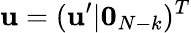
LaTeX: \mathbf{u}=(\mathbf{u}^{\prime}|\mathbf{0}_{N-k})^{T}